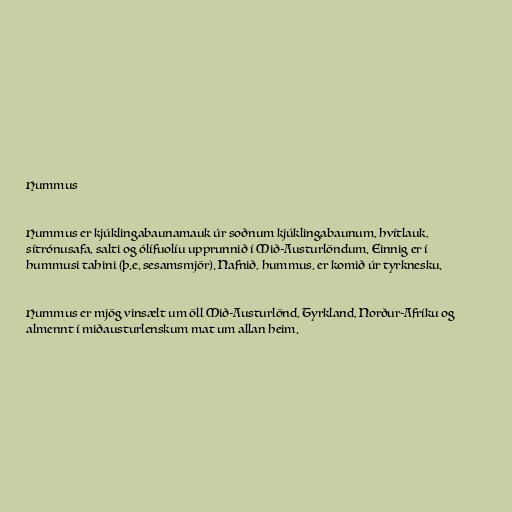
Hummus

Hummus er kjúklingabaunamauk úr soðnum kjúklingabaunum, hvítlauk,
sítrónusafa, salti og ólífuolíu upprunnið í Mið-Austurlöndum. Einnig er í
hummusi tahini (þ.e. sesamsmjör). Nafnið, hummus, er komið úr tyrknesku.

Hummus er mjög vinsælt um öll Mið-Austurlönd, Tyrkland, Norður-Afríku og
almennt í miðausturlenskum mat um allan heim.